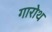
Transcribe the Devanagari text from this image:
गारोथ